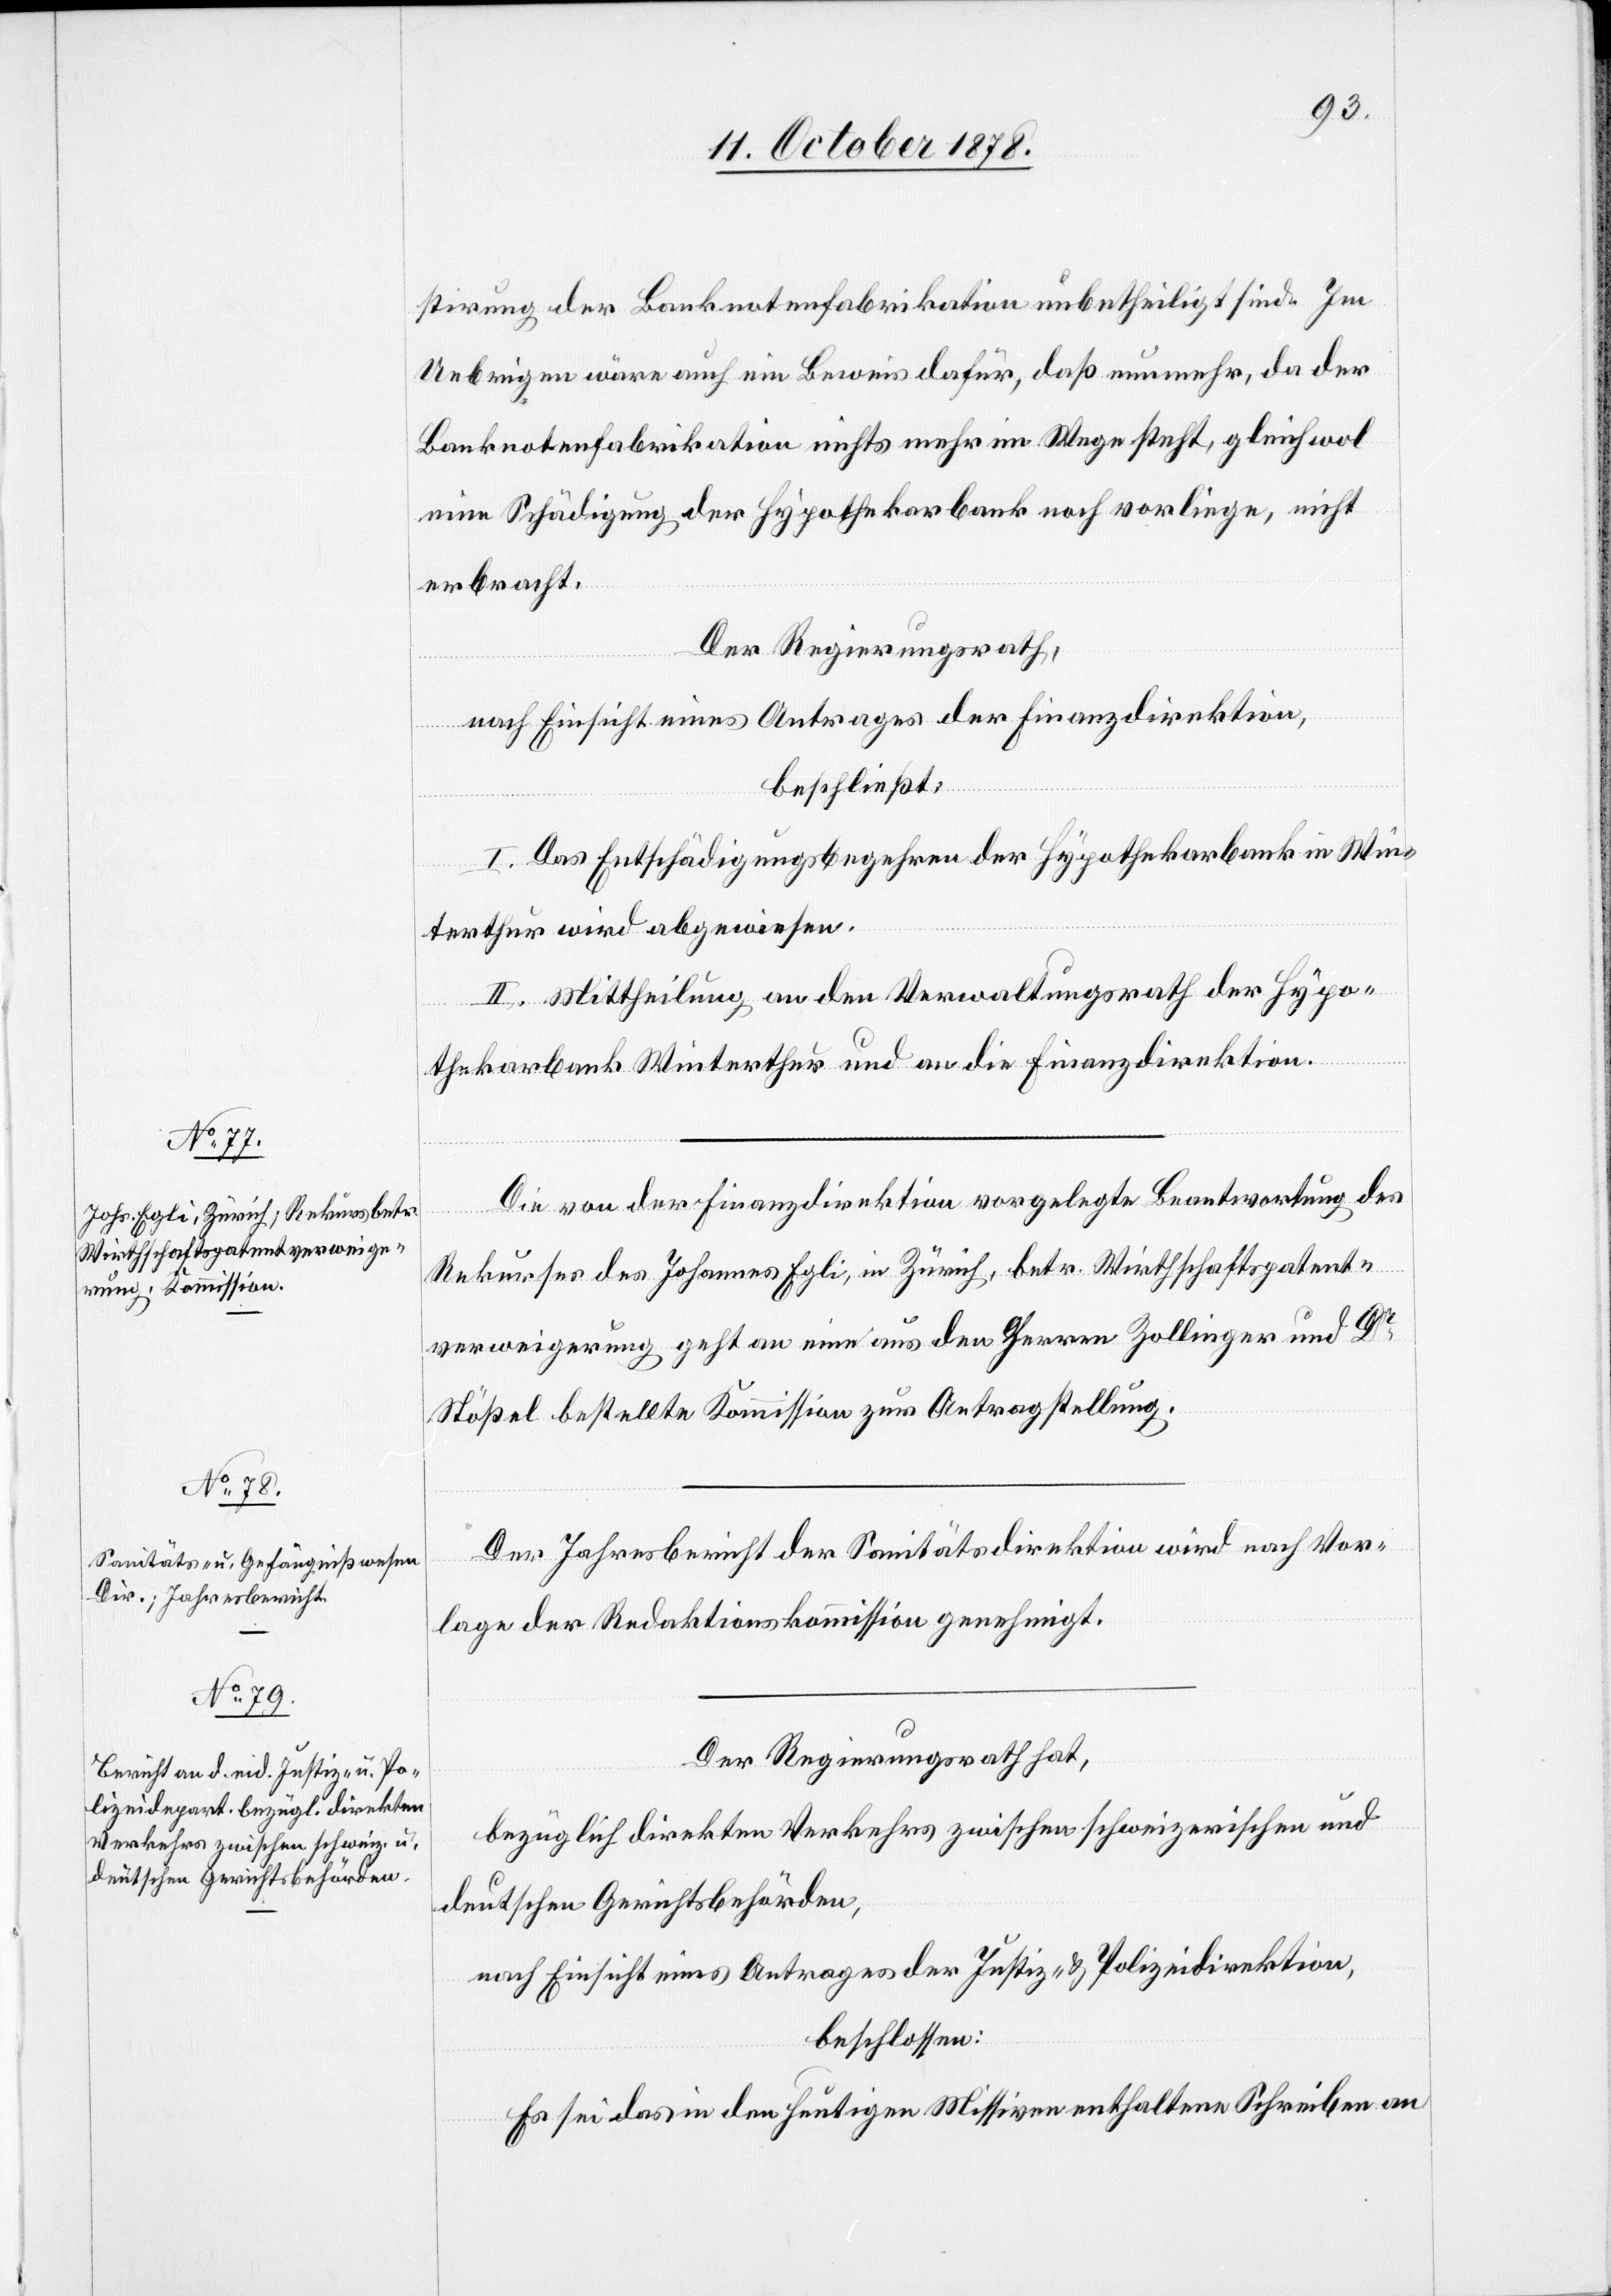
stirung der Banknotenfabrikation unbetheiligt sind. Im
Uebrigen wäre auch ein Beweis dafür, daß nunmehr, da der
Banknotenfabrikation nichts mehr im Wege steht, gleichwol
eine Schädigung er Hypothekarbank noch vorliege, nicht
erbracht.
Der Regierungsrath,
nach Einsicht eines Antrages der Finanzdirektion,
beschließt:
I. Das Entschädigungsbegehren der Hypothekarbank in Win¬
terthur wird abgewiesen.
II. Mittheilung an den Verwaltungsrath der Hypo¬
thekarbank Winterthur an die Finanzdirektion.
Die von der Finanzdirektion vorgelegte Beantwortung des
Rekurses des Johannes Egli, in Zürich, betr. Wirthschaftspatent¬
verweigerung geht an eine aus den Herren Zollinger und Dr
Stößel bestellte Kommission zur Antragstellung.
Der Jahresbericht der Sanitätsdirektion wird nach Vor¬
lage der Redaktionskommission genehmigt.
Der Regierungsrath hat,
bezüglich direkten Verkehrs zwischen schweizerischen und
deutschen Gerichtsbehörden,
nach Einsicht eines Antrages der Justiz- & Polizeidirektion,
beschlossen:
Es sei das in den heutigen Missiven enthaltene Schreiben an